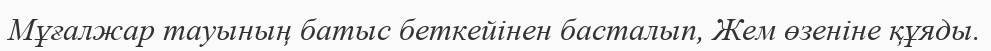
Мұғалжар тауының батыс беткейінен басталып, Жем өзеніне құяды.